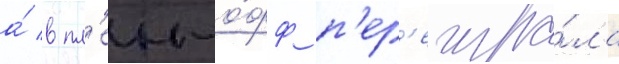
а́ в пл'еи-о́фф п'ер'еигра́ла